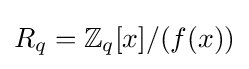
R_{q}=\mathbb {Z} _{q}[x]/(f(x))